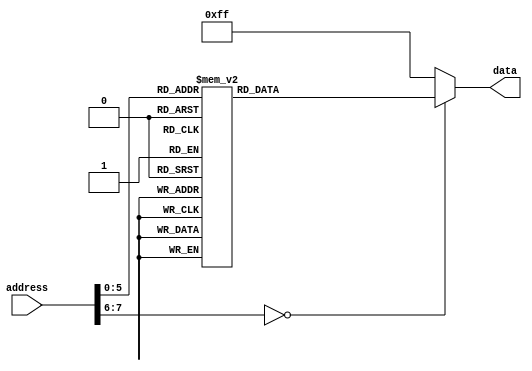
module EEPROM (address, data);
/*
parameter JC 	= 4'b1111;
parameter JMP 	= 4'b1110;
parameter MOV 	= 4'b1101;
parameter MVI 	= 4'b1100;
parameter INC 	= 4'b1011;
parameter ADD 	= 4'b1010;
parameter SUB 	= 4'b1001;
parameter I_AND = 4'b1000;
parameter I_OR 	= 4'b0111;
parameter SC 	= 4'b0110;
parameter CC 	= 4'b0101;
parameter PUSH 	= 4'b0100;
parameter POP 	= 4'b0011;
parameter IN 	= 4'b0010;
parameter OUT 	= 4'b0001;
parameter NOP 	= 4'b0000;
*/

  parameter JC =    4'b0000;  //0
  parameter JMP =   4'b0001;  //1
  parameter MOV =   4'b0010;  //2 
  parameter MVI =   4'b0011;  //3
  parameter INC =   4'b0100;  //4
  parameter ADD =   4'b0101;  //5
  parameter SUB =   4'b0110;  //6
  parameter AND =   4'b0111;  //7
  parameter OR  =   4'b1000;  //8
  parameter SC  =   4'b1001;  //9
  parameter CC  =   4'b1010; //10
  parameter PUSH =  4'b1011; //11
  parameter POP =   4'b1100; //12
  parameter IN  =   4'b1101; //13
  parameter OUT =   4'b1110; //14
  parameter NOP =   4'b1111; //15

input [7:0] address;
output [7:0] data;


reg [7:0] data;

always @(address) begin
	case(address)
		/*
		// write your test program here
		8'h00 : data = {MVI, 4'b1010}; // reg0 = 1010
		8'h01 : data = {MOV, 4'b0100}; // reg1 = 1010
    */
    
    //DEFINE: RA, RB, RC, RD
    //DEFINE: 00, 01, 10, 11
    
    /*  Start */
    8'h00 : data = {IN , 4'b1000}; //put input from DIP switches into RC
    8'h01 : data = {OR , 4'b1010}; //OR together RC and RC
    //init registers
    8'h02 : data = {CC, 4'b0000}; //clear carry
    8'h03 : data = {MVI, 4'b0000}; //move value of 0 into RA
    8'h04 : data = {MOV, 4'b1100}; //move value of RA(0) into RD
    8'h05 : data = {AND, 4'b0100}; //move value of RA(0) into RB
    8'h06 : data = {MOV, 4'b0010}; //move value of RC into RA
    //count=input*4
    8'h07 : data = {ADD, 4'b1000}; //RC=RC+RA (count*2)
    8'h08 : data = {ADD, 4'b1101}; //RD=RD+0+carry
    8'h09 : data = {ADD, 4'b1000}; //RC=RC+RA (count*3)
    8'h0a : data = {ADD, 4'b1101}; //RD=RD+0+carry
    8'h0b : data = {ADD, 4'b1000}; //RC=RC+RA (count*4)
    8'h0c : data = {ADD, 4'b1101}; //RD=RD+0+carry
    //init output same as input value
    8'h0d : data = {OUT, 4'b0000}; //output to LEDs
    //save to stack
    8'h0e : data = {PUSH, 4'b1000}; //push RC, count.ls
    8'h0f : data = {PUSH, 4'b1100}; //push RD, count.ms
    8'h10 : data = {PUSH, 4'b0000}; //push RA, last output
    8'h11 : data = {PUSH, 4'b0000}; //push RA, init output
    //main prog loop
    //main delay loop, inc count until overflow (carry) occurs
    
    /*  main  */
    8'h12 : data = {MVI, 4'b0011}; //loop1.ls address stored in RA, store 3 into RA
      
    /*  loop1  */
    8'h13 : data = {INC, 4'b1000};  //RC = RC+1
    8'h14 : data = {ADD, 4'b1101};  //RD = 0+carry
    8'h15 : data = {NOP,4'b0000}; //increase delay with nop
    8'h16 : data = {JC, 4'b0010}; // branch 2 instructions forward
    8'h17 : data = {JMP, 4'b0001}; // branch to 1X, where X is stored in RA
    //check if user changed the input value
    
    /*  break1  */
    8'h18 : data = {POP, 4'b1100};  //pop RD. Restore initial input value
    8'h19 : data = {MOV, 4'b1011};  //mov RD,RC. save value into RC
    8'h1a : data = {IN, 4'b0000};   //in RA. read current input value
    8'h1b : data = {SC, 4'b0000};   //prepare for equity check
    8'h1c : data = {SUB, 4'b1100};  //RD will be 0 if RA==RD
    8'h1d : data = {MVI, 4'b0001}; //MVI RA,1. prepare to do zero check
    8'h1e : data = {SC, 4'b0000};
    8'h1f : data = {SUB, 4'b1100};  //carry(overflow) produced if not zero
    8'h20 : data = {JC, 4'b1111}; //jump to break2. need to recompute count
    //compute logical inverse of last output and make it the new output
    8'h21 : data = {POP, 4'b0000}; //pop RA. restore last output value
    8'h22 : data = {SUB, 4'b0100}; //sub RB,RA. RB=0-RA or RB=~RA
    8'h23 : data = {OUT, 4'b0100};  //output the value
    8'h24 : data = {MOV, 4'b0010};  //mov RC,RA. saved initial input to RA
    8'h25 : data = {POP, 4'b1100}; //pop RD. restore computed value
    8'h26 : data = {POP, 4'b1000};  //pop RC.
    //restore the stack for next iteration
    8'h27 : data = {PUSH, 4'b1000}; //push RC. ls count nibble
    8'h28 : data = {PUSH, 4'b1100}; //push RD. ms count nibble
    8'h29 : data = {PUSH, 4'b0100}; //push RB. last output value
    8'h2a : data = {PUSH, 4'b0000}; //push RA. init input value
    //set RB to zero
    8'h2b : data = {MVI, 4'b0000}; //MVI RA,0. 
    8'h2c : data = {MOV, 4'b0100}; //mov RA,RB
    8'h2d : data = {MVI, 4'b0010}; //mvi RA,main.ls. store LSB of 2 into RA.
    8'h2e : data = {JMP, 4'b0001}; //jump to 1X, where X is stored in RA.
    //restart if user has changed the input value
    
    /*  break2  */
    8'h2f : data = {POP, 4'b0000}; //pop RA. flush the stack
    8'h30 : data = {POP, 4'b0000}; //pop RA.
    8'h31 : data = {POP, 4'b0000}; //pop RA.
    8'h32 : data = {POP, 4'b0000}; // ADDED POP TO CLEAR THE STACK
    8'h33 : data = {MVI, 4'b0000}; //mvi RA,start.ls. store LSB of start into RA.
    8'h34 : data = {JMP, 4'b0000}; //jump to 0X. Where X is 0.
    
    
    
    
    
		default : data = 8'hFF;
		          //test = 8'hFF;
	endcase
end
endmodule